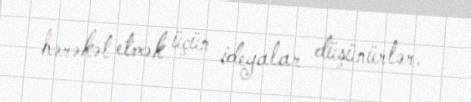
hərəkət etmək üçün ideyalar düşünürlər.